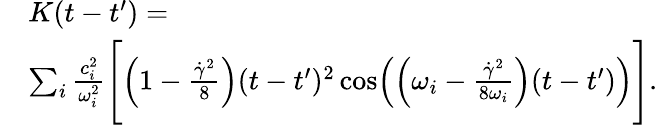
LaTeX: \begin{array}{rl}&{K(t-t^{\prime})=}\\ &{\sum_{i}\frac{c_{i}^{2}}{\omega_{i}^{2}}\Biggl[\Bigl(1-\frac{\dot{\gamma}^{2}}{8}\Bigr)(t-t^{\prime})^{2}\cos\Bigl(\Bigl(\omega_{i}-\frac{\dot{\gamma}^{2}}{8\omega_{i}}\Bigr)(t-t^{\prime})\Bigr)\Biggr].}\end{array}